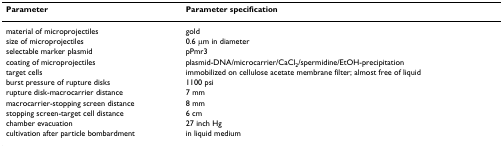
<table><thead><tr><td><b>Parameter</b></td><td><b>Parameter specification</b></td></tr></thead><tbody><tr><td>material of microprojectiles</td><td>gold</td></tr><tr><td>size of microprojectiles</td><td>0.6 μm in diameter</td></tr><tr><td>selectable marker plasmid</td><td>pPmr3</td></tr><tr><td>coating of microprojectiles</td><td>plasmid-DNA/microcarrier/CaCl<sub>2</sub>/spermidine/EtOH-precipitation</td></tr><tr><td>target cells</td><td>immobilized on cellulose acetate membrane filter; almost free of liquid</td></tr><tr><td>burst pressure of rupture disks</td><td>1100 psi</td></tr><tr><td>rupture disk-macrocarrier distance</td><td>7 mm</td></tr><tr><td>macrocarrier-stopping screen distance</td><td>8 mm</td></tr><tr><td>stopping screen-target cell distance</td><td>6 cm</td></tr><tr><td>chamber evacuation</td><td>27 inch Hg</td></tr><tr><td>cultivation after particle bombardment</td><td>in liquid medium</td></tr></tbody></table>